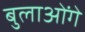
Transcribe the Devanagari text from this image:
बुलाओंगे